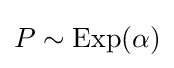
P\sim \mathrm {Exp} (\alpha )